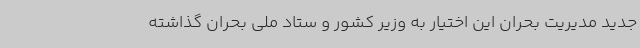
جدید مدیریت بحران این اختیار به وزیر کشور و ستاد ملی بحران گذاشته